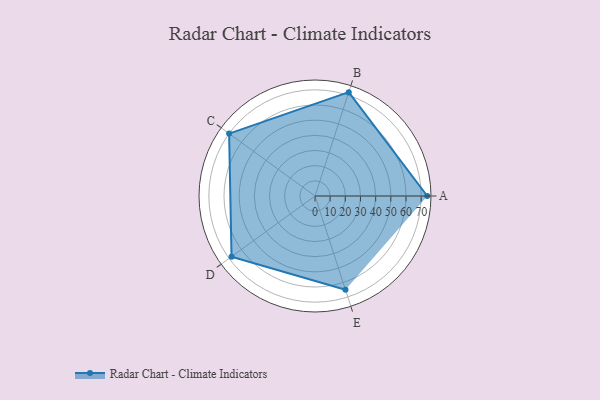
{"axis": {"x": "Skill", "y": "Score"}, "legend": ["Profile"], "data": [{"x": "A", "y": 74.0, "type": "Profile"}, {"x": "B", "y": 72.0, "type": "Profile"}, {"x": "C", "y": 70.0, "type": "Profile"}, {"x": "D", "y": 68.0, "type": "Profile"}, {"x": "E", "y": 65.0, "type": "Profile"}]}